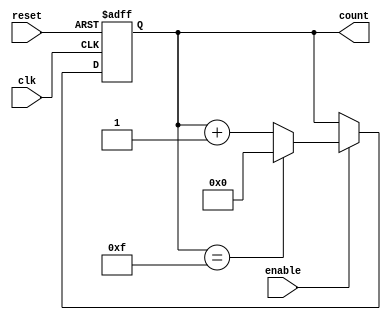
module parameterized_counter #(
    parameter WIDTH = 4,               // Number of bits in the counter
    parameter DIRECTION = "UP",        // Counting direction: "UP" or "DOWN"
    parameter MAX_COUNT = (2**WIDTH - 1) // Maximum count value
)(
    input wire clk,                    // Clock signal
    input wire reset,                  // Asynchronous reset signal
    input wire enable,                 // Enable signal
    output reg [WIDTH-1:0] count       // Counter output
);

    // Internal signal for down counting
    localparam DOWN = 1'b1;
    localparam UP = 1'b0;
    wire direction = (DIRECTION == "UP") ? UP : DOWN;

    always @(posedge clk or posedge reset) begin
        if (reset) begin
            count <= 0;                 // Reset the counter to zero
        end else if (enable) begin
            if (direction == UP) begin
                if (count == MAX_COUNT) begin
                    count <= 0;         // Wrap to zero if maximum count is reached
                end else begin
                    count <= count + 1; // Increment the counter
                end
            end else begin
                if (count == 0) begin
                    count <= MAX_COUNT; // Wrap to MAX_COUNT if it reaches zero
                end else begin
                    count <= count - 1; // Decrement the counter
                end
            end
        end
    end

endmodule